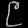
Digit: ၉